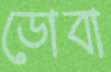
ডোবা